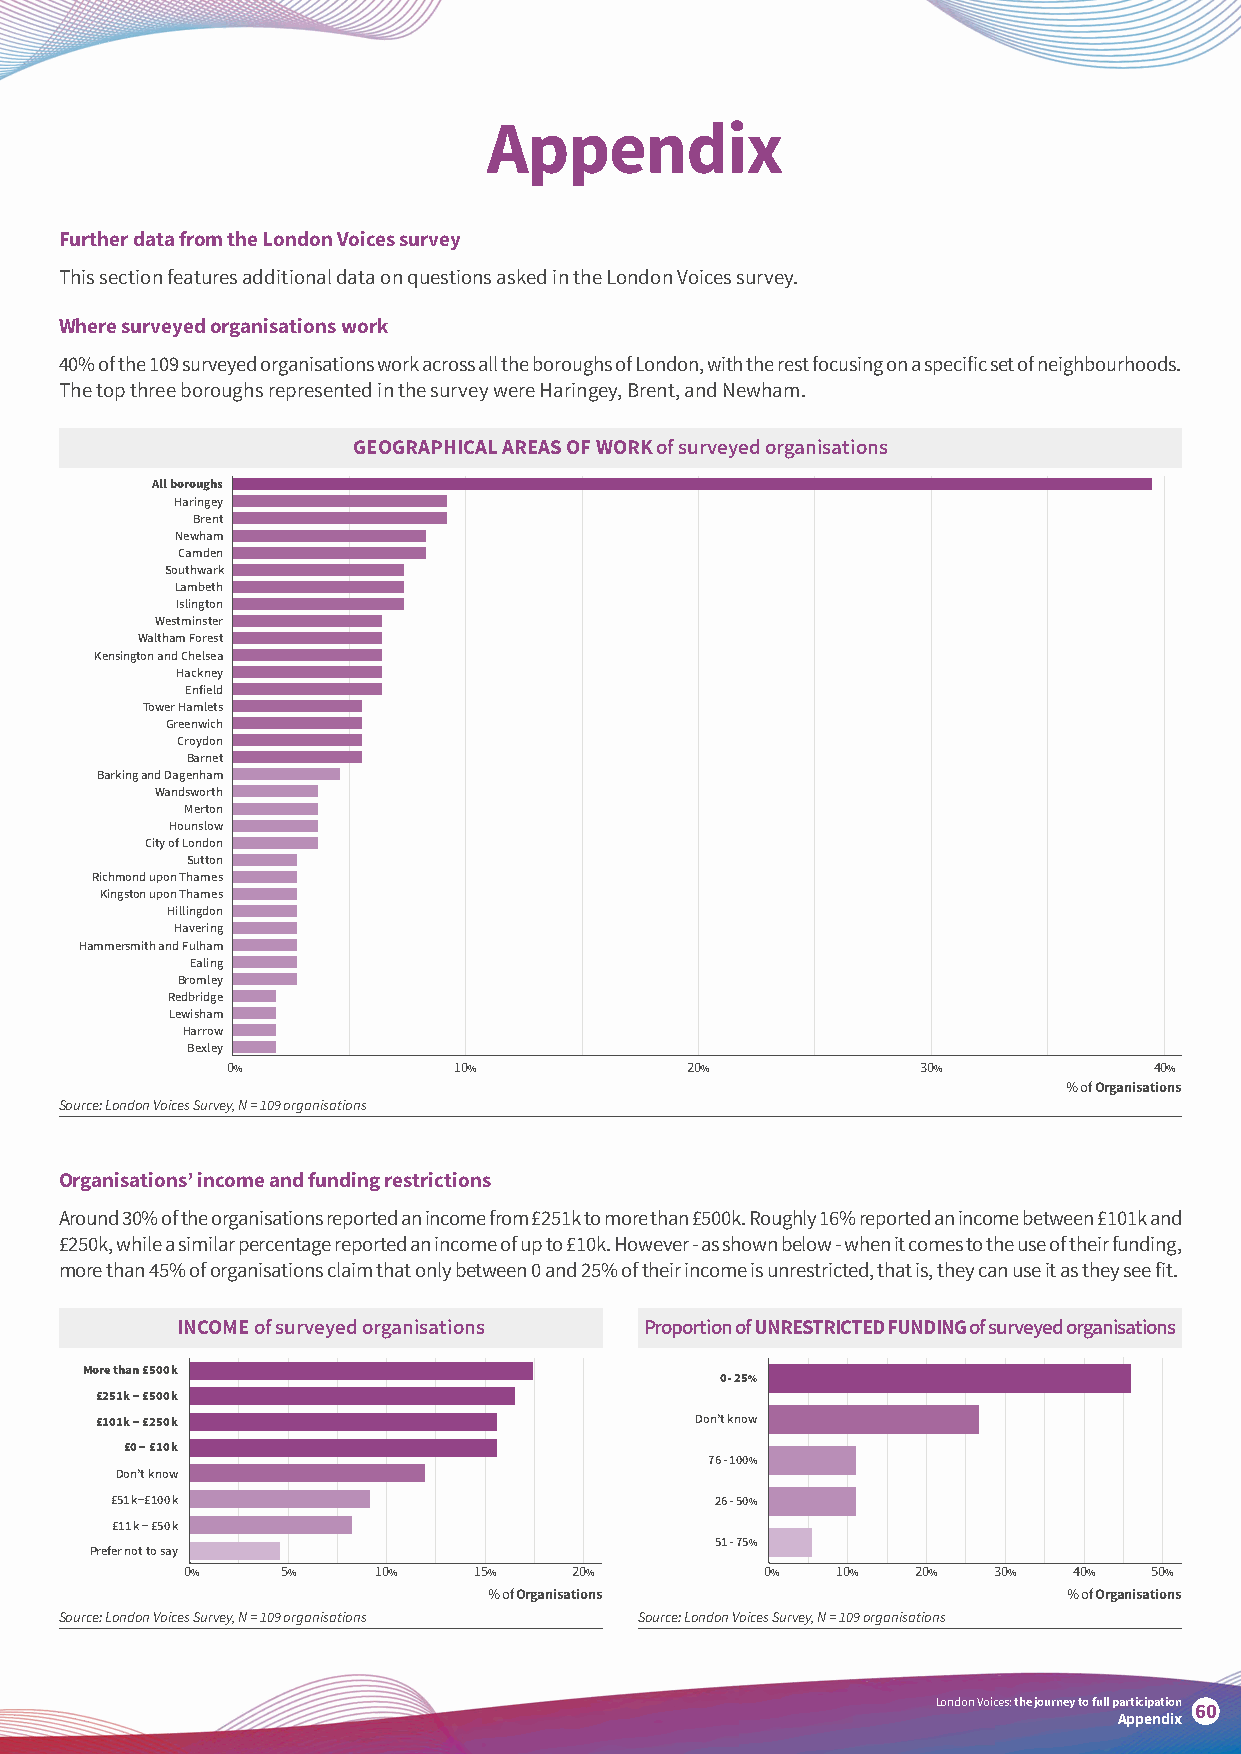
Appendix
 Further data from the London Voices survey
 This section features additional data on questions asked in the London Voices survey.
 Where surveyed organisations work
 40% of the 109 surveyed organisations work across all the boroughs of London, with the rest focusing on a specific set of neighbourhoods.
 The top three boroughs represented in the survey were Haringey, Brent, and Newham.
 GEOGRAPHICAL AREAS OF WORK of surveyed organisations
 All boroughs
 Haringey
 Brent
 Newham
 Camden
 Southwark
 Lambeth
 Islington
 Westminster
 Waltham Forest
 Kensington and Chelsea
 Hackney
 Enfield
 Tower Hamlets
 Greenwich
 Croydon
 Barnet
 Barking and Dagenham
 Wandsworth
 Merton
 Hounslow
 City of London
 Sutton
 Richmond upon Thames
 Kingston upon Thames
 Hillingdon
 Havering
 Hammersmith and Fulham
 Ealing
 Bromley
 Redbridge
 Lewisham
 Harrow
 Bexley
 0%             10%            20%             30%            40%
 % of Organisations
 Source: London Voices Survey, N = 109 organisations
 Organisations’ income and funding restrictions
 Around 30% of the organisations reported an income from £251k to more than £500k. Roughly 16% reported an income between £101k and
 £250k, while a similar percentage reported an income of up to £10k. However - as shown below - when it comes to the use of their funding,
 more than 45% of organisations claim that only between 0 and 25% of their income is unrestricted, that is, they can use it as they see fit.
 INCOME of surveyed organisations Proportion of UNRESTRICTED FUNDING of surveyed organisations
 More than £500 k
 0 - 25%
 £251 k − £500 k
 £101 k − £250 k                         Don’t know
 £0 − £10 k
 76 - 100%
 Don’t know
 £51 k−£100 k                            26 - 50%
 £11 k − £50 k
 51 - 75%
 Prefer not to say
 0%     5%    10%   15%    20%          0%  10%   20%  30%  40%  50%
 % of Organisations                     % of Organisations
 Source: London Voices Survey, N = 109 organisations Source: London Voices Survey, N = 109 organisations
 London Voices: the journey to full participation
 60
 Appendix